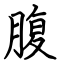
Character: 腹